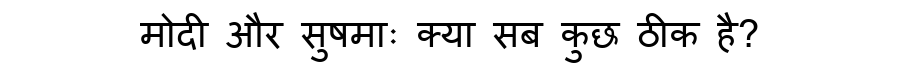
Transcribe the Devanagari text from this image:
मोदी और सुषमाः क्या सब कुछ ठीक है?